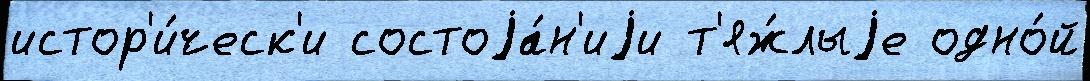
истор'и́ческ'и состоjа́н'иjи т'яж́лыjе одно́й